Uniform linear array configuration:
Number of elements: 16
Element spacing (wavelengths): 0.5
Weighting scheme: binomial
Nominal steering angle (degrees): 45
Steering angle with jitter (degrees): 46.04
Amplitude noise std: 0.05
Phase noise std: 0.05

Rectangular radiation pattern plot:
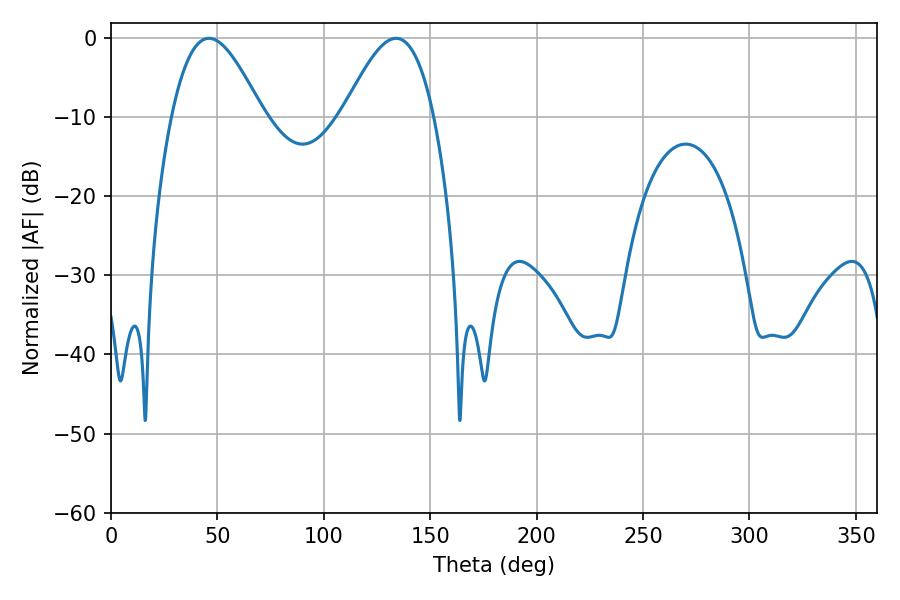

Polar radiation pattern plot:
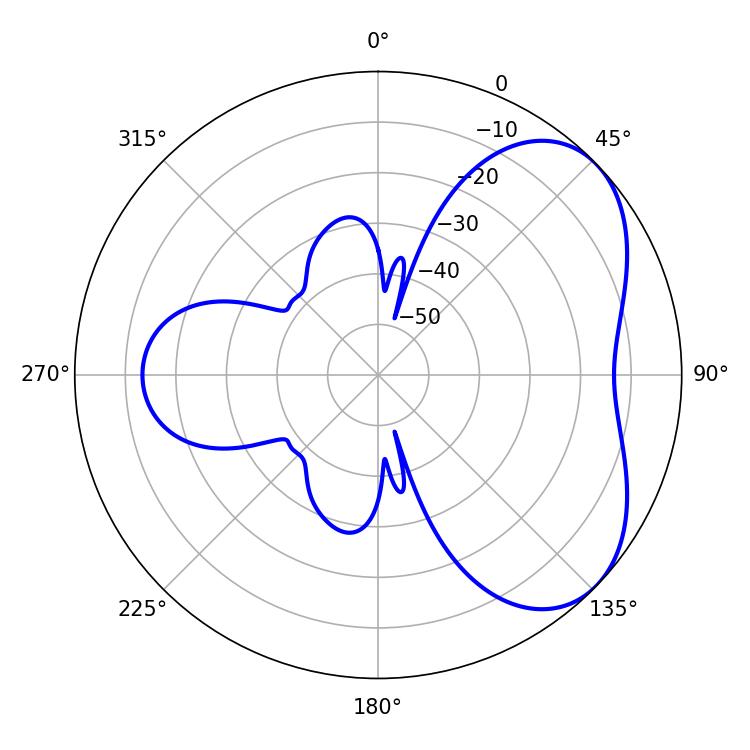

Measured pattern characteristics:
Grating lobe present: FALSE
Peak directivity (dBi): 4.879
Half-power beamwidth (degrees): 22.86
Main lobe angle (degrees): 46.08